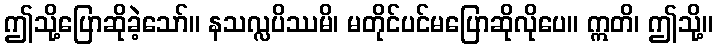
ဤသို့ပြောဆိုခဲ့သော်။ နသလ္လပိဿမိ၊ မတိုင်ပင်မပြောဆိုလိုပေ။ ဣတိ၊ ဤသို့။